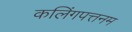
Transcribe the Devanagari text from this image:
कलिंगपत्तनम